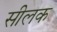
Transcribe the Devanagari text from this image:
सीलक